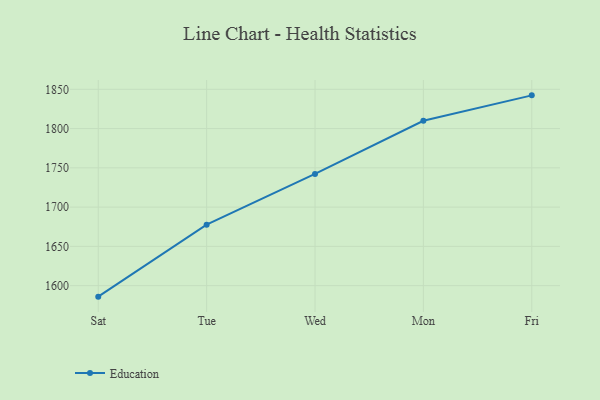
{"axis": {"x": "Day", "y": "Market Share (%)"}, "legend": ["Education"], "data": [{"x": "Sat", "y": 1586.0, "type": "Education"}, {"x": "Tue", "y": 1677.6, "type": "Education"}, {"x": "Wed", "y": 1742.3, "type": "Education"}, {"x": "Mon", "y": 1809.9, "type": "Education"}, {"x": "Fri", "y": 1842.3, "type": "Education"}]}